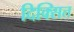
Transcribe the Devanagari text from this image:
दिक्सित